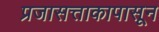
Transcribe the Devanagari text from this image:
प्रजासत्ताकापासून